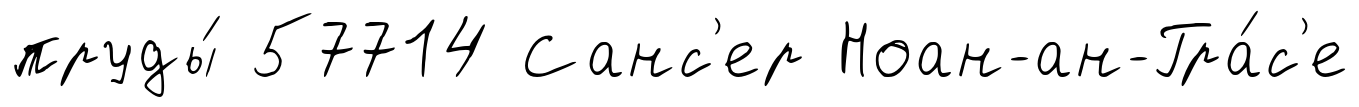
пруды́ 57714 Санс'ер Ноан-ан-Гра́с'е